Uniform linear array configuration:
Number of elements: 16
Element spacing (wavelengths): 0.25
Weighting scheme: blackman
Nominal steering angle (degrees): -60
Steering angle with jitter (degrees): -61.229
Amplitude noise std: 0.05
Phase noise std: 0.05

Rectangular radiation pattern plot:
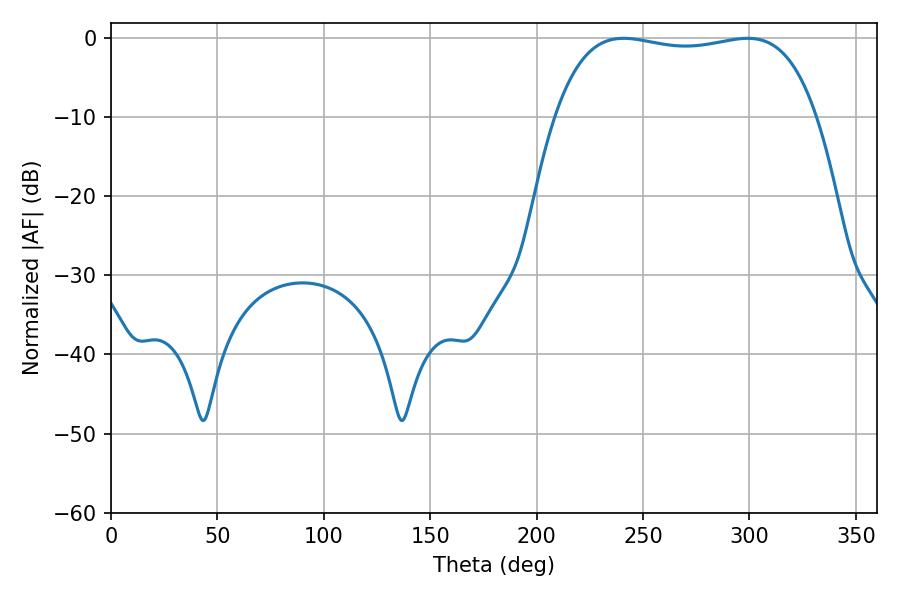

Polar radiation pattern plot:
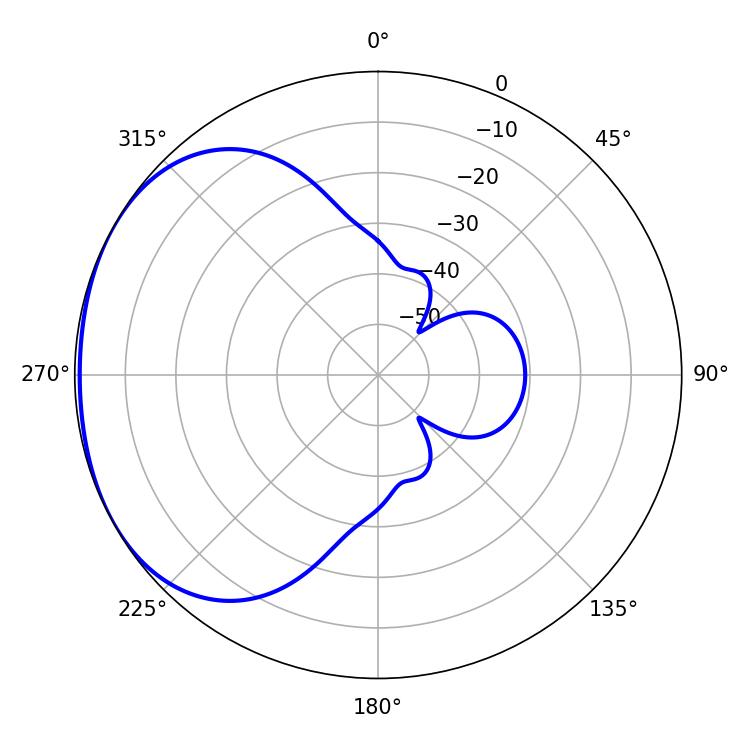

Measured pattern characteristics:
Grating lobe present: FALSE
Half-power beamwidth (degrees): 98.64
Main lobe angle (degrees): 240.84